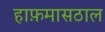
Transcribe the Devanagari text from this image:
हाफ़मासठाल